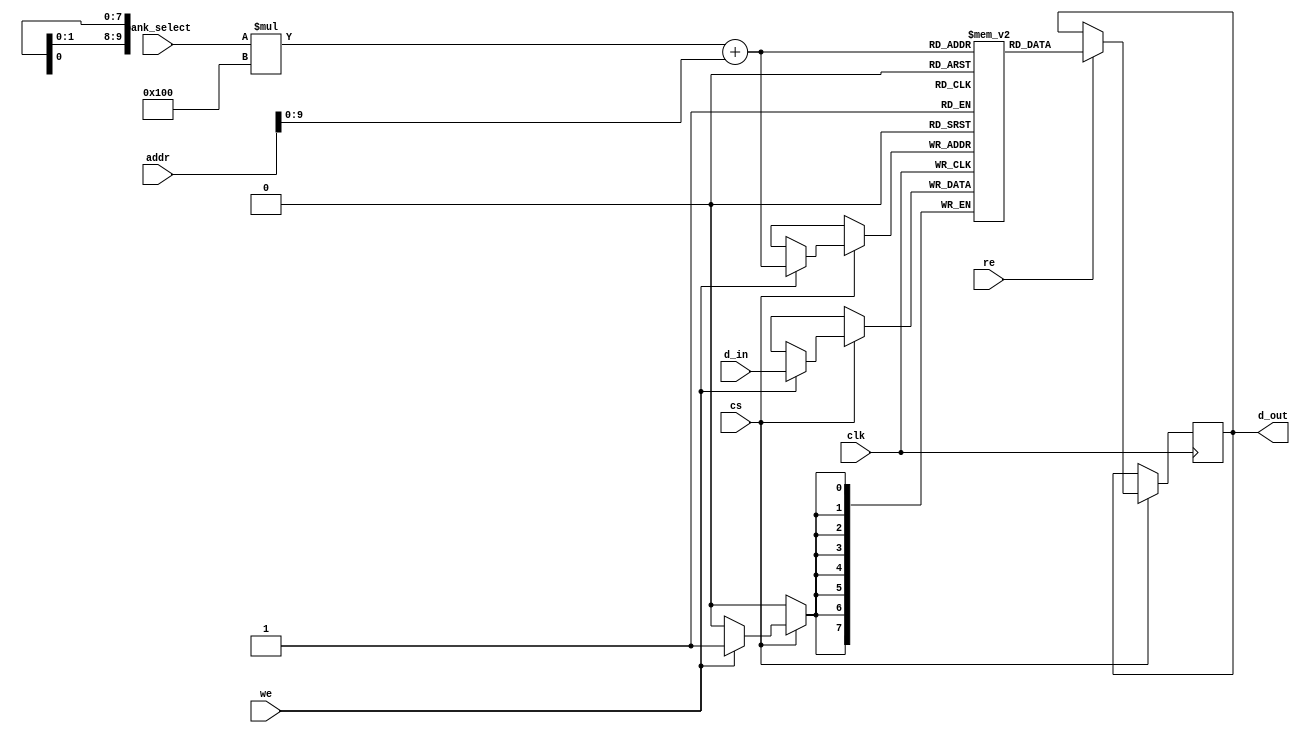
module multibank_sram #(
    parameter NUM_BANKS = 4,        // Number of banks
    parameter WORD_SIZE = 8,         // Number of bits per word
    parameter BANK_SIZE = 256        // Number of words per bank
) (
    input wire clk,                  // Clock signal
    input wire cs,                   // Chip Select signal
    input wire [NUM_BANKS-1:0] bank_select, // Select which bank to access
    input wire [BANK_SIZE-1:0] addr, // Address within the selected bank
    input wire [WORD_SIZE-1:0] d_in, // Data input
    input wire we,                   // Write enable
    input wire re,                   // Read enable
    output reg [WORD_SIZE-1:0] d_out // Data output
);
    // Memory banks: each bank is an array of words
    reg [WORD_SIZE-1:0] memory [0:NUM_BANKS-1][0:BANK_SIZE-1];

    // Combinational logic for read operations
    always @(posedge clk) begin
        if (cs) begin
            if (re) begin
                // Read operation: output data from the selected bank and address
                d_out <= memory[bank_select][addr];
            end
            if (we) begin
                // Write operation: write data to the selected bank and address
                memory[bank_select][addr] <= d_in;
            end
        end
    end

endmodule